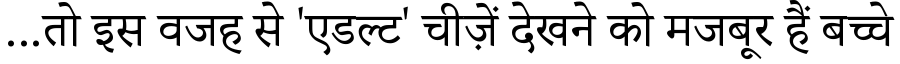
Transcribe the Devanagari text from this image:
...तो इस वजह से 'एडल्ट' चीज़ें देखने को मजबूर हैं बच्चे